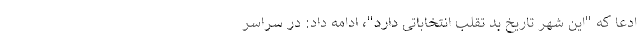
ادعا که "این شهر تاریخ بد تقلب انتخاباتی دارد"، ادامه داد: در سراسر